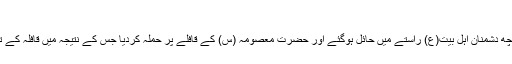
حکومتی کارندوں کا قافلے پر حملہ
جب آپ کا قافلہ شہر ساوہ پہنچا تو کچھ دشمنان اہل بیت(ع) راستے میں حائل ہوگئے اور حضرت معصومہ (س) کے قافلے پر حملہ کردیا جس کے نتیجہ میں قافلہ کے تمام مردوں نے جام شہادت نوش کیا۔